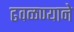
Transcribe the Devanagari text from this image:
ढवळण्याने